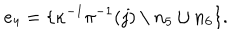
LaTeX: e _ { 4 } = \{ \kappa ^ { - 1 } \pi ^ { - 1 } ( j ) \setminus n _ { 5 } \cup n _ { 6 } \} .